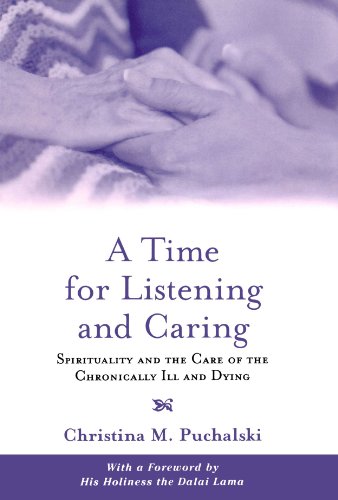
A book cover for A Time for Listening and Caring: Spirituality and the Care of the Chronically Ill and Dying; Christina M. Puchalski; Self-Help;